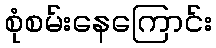
စုံစမ်းနေကြောင်း